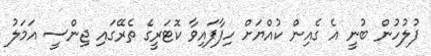
ފުލުހުން ބުނީ އެ ގެއިން ކުއްޔަށް ހިފާފައިވާ ކޮޓަރީގެ ތެރޭގައި ޖިންސީ އަމަލު